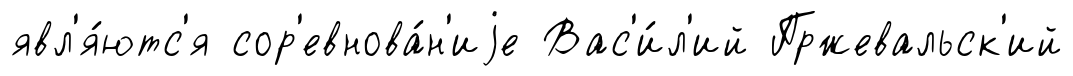
явл'я́ютс'я сор'евнова́н'иjе Вас'и́л'ий Пржевальск'ий